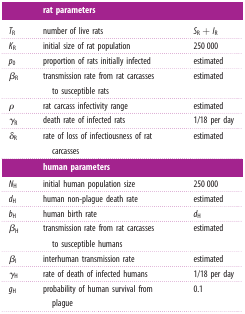
|  | rat parameters |  |
 | --- | --- | --- |
 | TR | number of live rats | SR + IR |
 | KR | initial size of rat population | 250 000 |
 | p0 | proportion of rats initially infected | estimated |
 | βR | transmission rate from rat carcasses to susceptible rats | estimated |
 | ρ | rat carcass infectivity range | estimated |
 | γR | death rate of infected rats | 1/18 per day |
 | δR | rate of loss of infectiousness of rat carcasses | estimated |
 |  | human parameters |  |
 | NH | initial human population size | 250 000 |
 | dH | human non-plague death rate | estimated |
 | bH | human birth rate | dH |
 | βH | transmission rate from rat carcasses to susceptible humans | estimated |
 | βI | interhuman transmission rate | estimated |
 | γH | rate of death of infected humans | 1/18 per day |
 | gH | probability of human survival from plague | 0.1 |